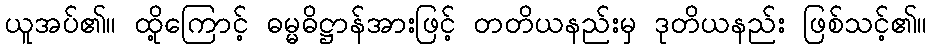
ယူအပ်၏။ ထို့ကြောင့် ဓမ္မဓိဋ္ဌာန်အားဖြင့် တတိယနည်းမှ ဒုတိယနည်း ဖြစ်သင့်၏။